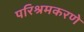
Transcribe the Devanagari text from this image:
परिश्रमकरणे